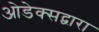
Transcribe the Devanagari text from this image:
ओडेक्सद्वारा